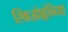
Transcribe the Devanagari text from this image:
स्किज़ोफ़्रेनिया